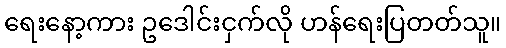
ရေးနော့ကား ဥဒေါင်းငှက်လို ဟန်ရေးပြတတ်သူ။